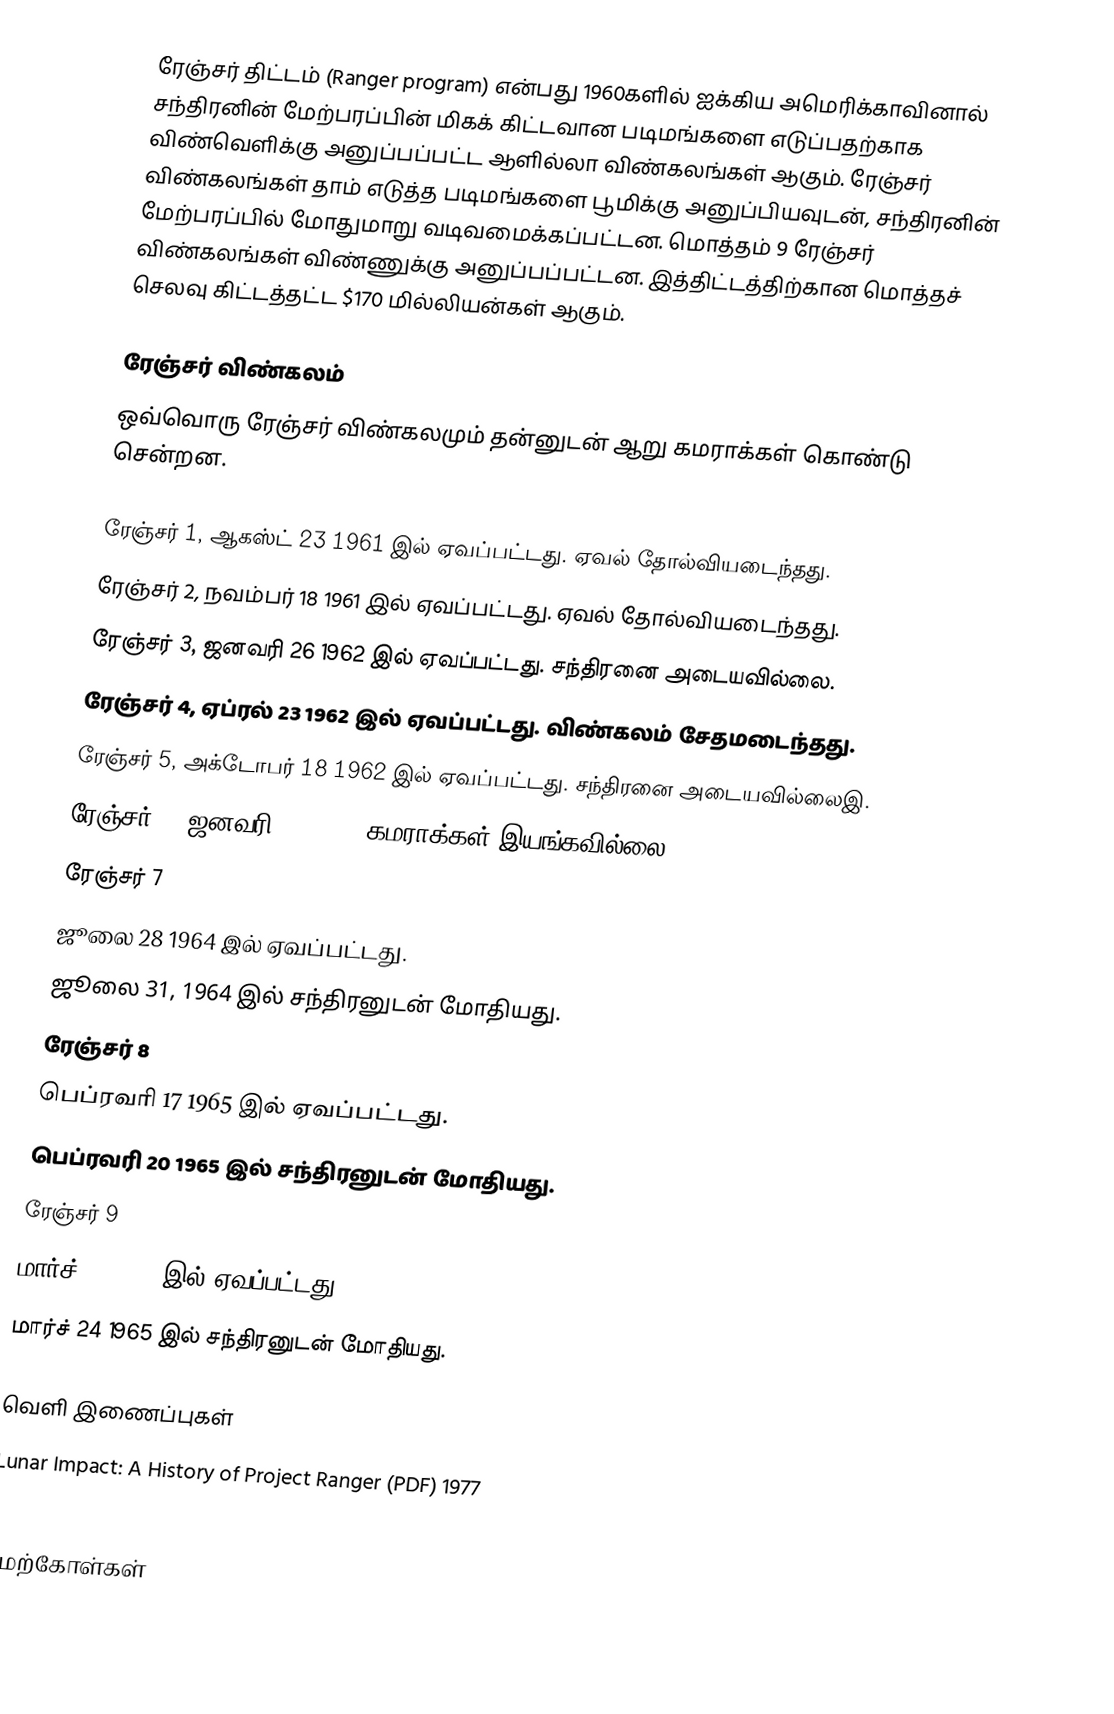
ரேஞ்சர் திட்டம் (Ranger program) என்பது 1960களில் ஐக்கிய அமெரிக்காவினால் சந்திரனின் மேற்பரப்பின் மிகக் கிட்டவான படிமங்களை எடுப்பதற்காக விண்வெளிக்கு அனுப்பப்பட்ட ஆளில்லா விண்கலங்கள் ஆகும். ரேஞ்சர் விண்கலங்கள் தாம் எடுத்த படிமங்களை பூமிக்கு அனுப்பியவுடன், சந்திரனின் மேற்பரப்பில் மோதுமாறு வடிவமைக்கப்பட்டன. மொத்தம் 9 ரேஞ்சர் விண்கலங்கள் விண்ணுக்கு அனுப்பப்பட்டன. இத்திட்டத்திற்கான மொத்தச் செலவு கிட்டத்தட்ட $170 மில்லியன்கள் ஆகும்.

ரேஞ்சர் விண்கலம்
ஒவ்வொரு ரேஞ்சர் விண்கலமும் தன்னுடன் ஆறு கமராக்கள் கொண்டு சென்றன.

 ரேஞ்சர் 1, ஆகஸ்ட் 23 1961 இல் ஏவப்பட்டது. ஏவல் தோல்வியடைந்தது.
 ரேஞ்சர் 2, நவம்பர் 18 1961 இல் ஏவப்பட்டது. ஏவல் தோல்வியடைந்தது.
 ரேஞ்சர் 3, ஜனவரி 26 1962 இல் ஏவப்பட்டது. சந்திரனை அடையவில்லை.
 ரேஞ்சர் 4, ஏப்ரல் 23 1962 இல் ஏவப்பட்டது. விண்கலம் சேதமடைந்தது.
 ரேஞ்சர் 5, அக்டோபர் 18 1962 இல் ஏவப்பட்டது. சந்திரனை அடையவில்லைஇ.
 ரேஞ்சர் 6, ஜனவரி 30 1964, கமராக்கள் இயங்கவில்லை.
 ரேஞ்சர் 7
 ஜூலை 28 1964 இல் ஏவப்பட்டது.
 ஜூலை 31, 1964 இல் சந்திரனுடன் மோதியது.
 ரேஞ்சர் 8
 பெப்ரவரி 17 1965 இல் ஏவப்பட்டது.
 பெப்ரவரி 20 1965 இல் சந்திரனுடன் மோதியது.
 ரேஞ்சர் 9
 மார்ச் 21 1965 இல் ஏவப்பட்டது.
 மார்ச் 24 1965 இல் சந்திரனுடன் மோதியது.

வெளி இணைப்புகள்
 Lunar Impact: A History of Project Ranger (PDF) 1977
 Lunar Impact: A History of Project Ranger (HTML)

மேற்கோள்கள்